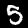
Label: 5